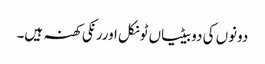
دونوں کی دوبیٹیاں ٹونکل اوررنکی کھنہ ہیں۔